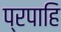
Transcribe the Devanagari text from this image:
प्रपाहि